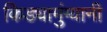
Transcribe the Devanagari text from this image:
किड्यामुंग्यानी